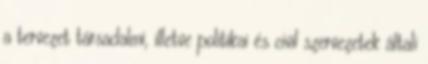
a tervezet társadalmi, illetve politikai és civil szervezetek általi